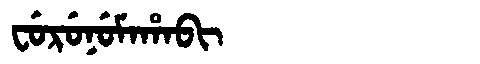
Manchu: ᠸᡠᡵᡠᠨᡠᠮᠠᡥᠠᠪᡳ
Romanization: FURUNUMAHABI